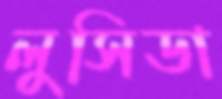
লুসিডা